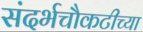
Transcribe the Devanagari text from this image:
संदर्भचौकटीच्या